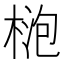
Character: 𱣮